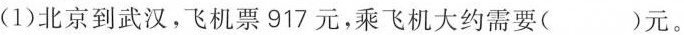
(1)北京到武汉，飞机票917元，乘飞机大约需要( )元。